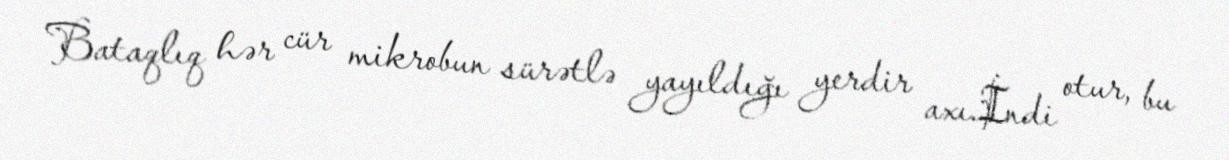
Bataqlıq hər cür mikrobun sürətlə yayıldığı yerdir axı.İndi otur, bu